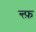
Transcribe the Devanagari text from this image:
न्त्फ़